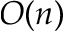
O ( n )